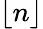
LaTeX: \lfloor n\rfloor